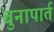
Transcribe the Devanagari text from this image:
बुनापार्त